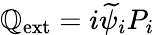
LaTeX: \mathbb{Q}_{\mathrm{{ext}}}=i\widetilde{{\psi}}_{i}P_{i}